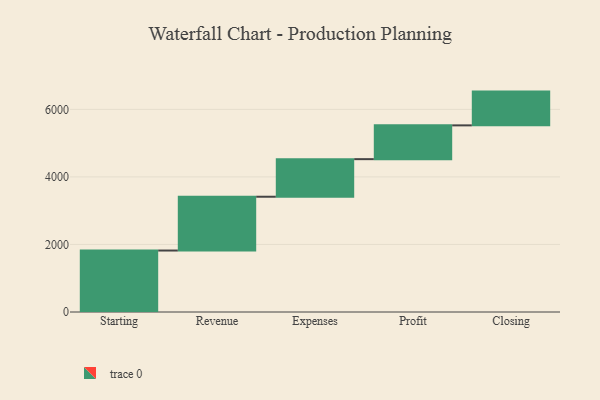
{"axis": {"x": "Step", "y": "Value"}, "legend": [""], "data": [{"x": "Starting", "y": 1820.0, "type": ""}, {"x": "Revenue", "y": 1593.0, "type": ""}, {"x": "Expenses", "y": 1113.0, "type": ""}, {"x": "Profit", "y": 1000, "type": ""}, {"x": "Closing", "y": 1000, "type": ""}]}